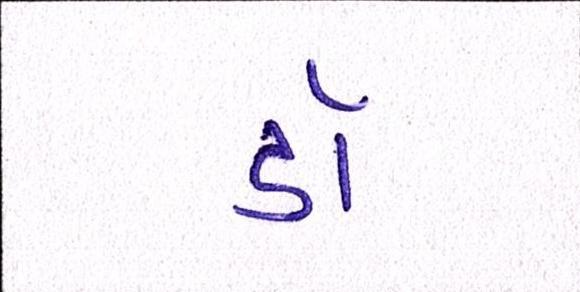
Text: ડૉ